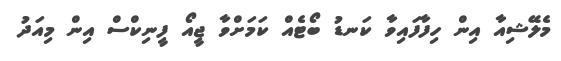
މެލޭޝިއާ އިން ހިފާފައިވާ ކަނޑު ބޯޓެއް ކަމަށްވާ ޖީއޯ ފީނިކްސް އިން މިއަދު